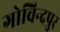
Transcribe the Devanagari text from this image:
गोविन्‍दपुर